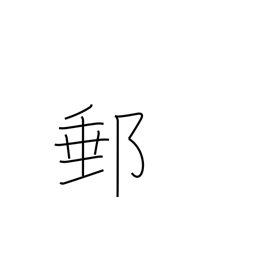
Meaning: mail